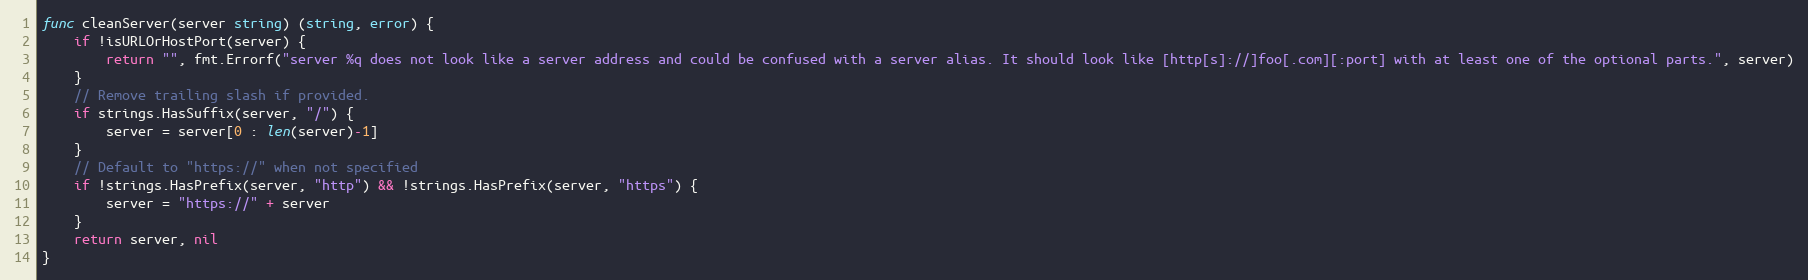
Language: Go
func cleanServer(server string) (string, error) {
	if !isURLOrHostPort(server) {
		return "", fmt.Errorf("server %q does not look like a server address and could be confused with a server alias. It should look like [http[s]://]foo[.com][:port] with at least one of the optional parts.", server)
	}
	// Remove trailing slash if provided.
	if strings.HasSuffix(server, "/") {
		server = server[0 : len(server)-1]
	}
	// Default to "https://" when not specified
	if !strings.HasPrefix(server, "http") && !strings.HasPrefix(server, "https") {
		server = "https://" + server
	}
	return server, nil
}